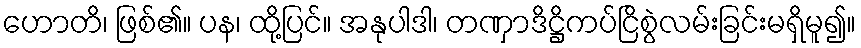
ဟောတိ၊ ဖြစ်၏။ ပန၊ ထို့ပြင်။ အနုပါဒါ၊ တဏှာဒိဋ္ဌိကပ်ငြိစွဲလမ်းခြင်းမရှိမူ၍။